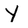
Character: Y